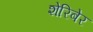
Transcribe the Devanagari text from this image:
शेरिबेर